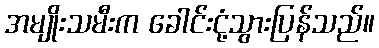
အမျိုးသမီးက ခေါင်းငုံ့သွားပြန်သည်။